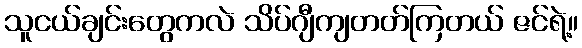
သူငယ်ချင်းတွေကလဲ သိပ်ဂျီကျတတ်ကြတယ် ဇင်ရဲ့။